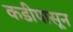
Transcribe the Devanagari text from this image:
कडीपासून